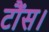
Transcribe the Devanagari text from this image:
टौंस।